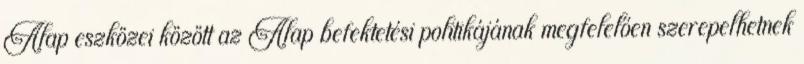
Alap eszközei között az Alap befektetési politikájának megfelelően szerepelhetnek